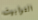
التوابيت